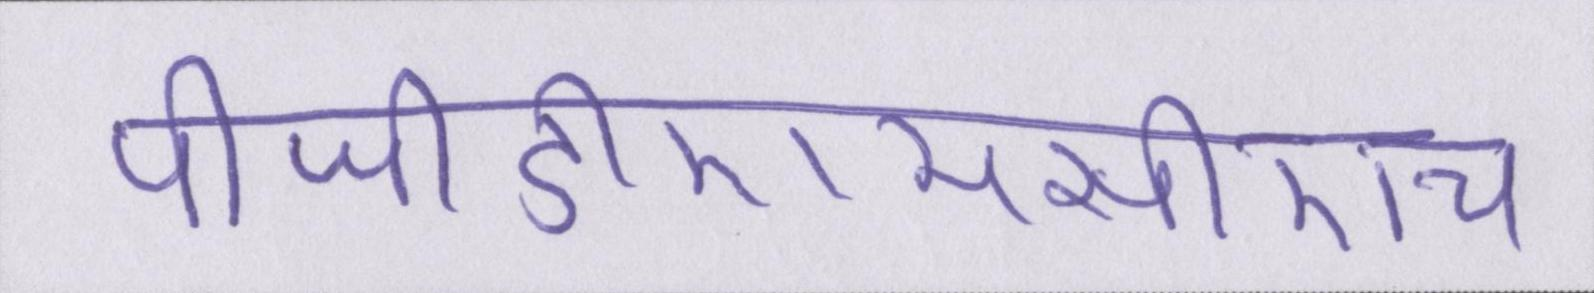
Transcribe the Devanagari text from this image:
पीजीडीएमसीएच